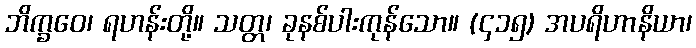
ဘိက္ခဝေ၊ ရဟန်းတို့။ သတ္တ၊ ခုနစ်ပါးကုန်သော။ (၄၁၅) အပရိဟာနိယာ၊